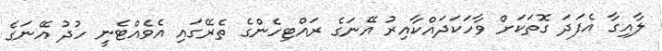
ލާއިގާ އެފަދަ ގޮތަކަށް ވާހަކަދައްކާއިރު އޭނަގެ ރައްޓިހެންގެ ތެރޭގައި އެވެއްޓެނީ ހުދު އޭނަގެ